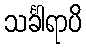
သင်္ခါရာပိ